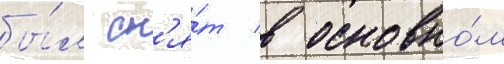
бы́л сн'я́т в основно́м